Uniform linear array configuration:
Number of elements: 64
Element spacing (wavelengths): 1
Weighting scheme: hann
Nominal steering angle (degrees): -60
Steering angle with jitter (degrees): -60.826
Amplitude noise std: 0.05
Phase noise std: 0.05

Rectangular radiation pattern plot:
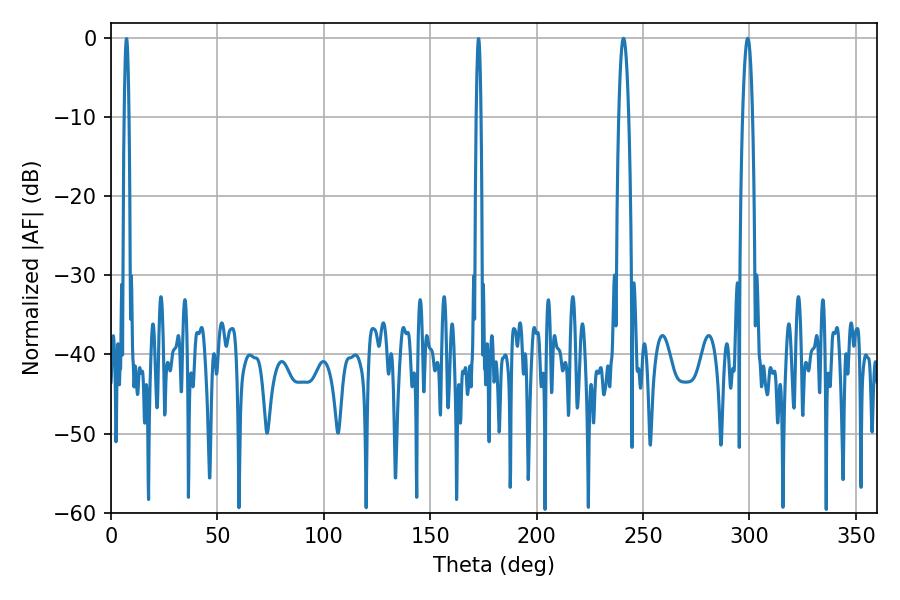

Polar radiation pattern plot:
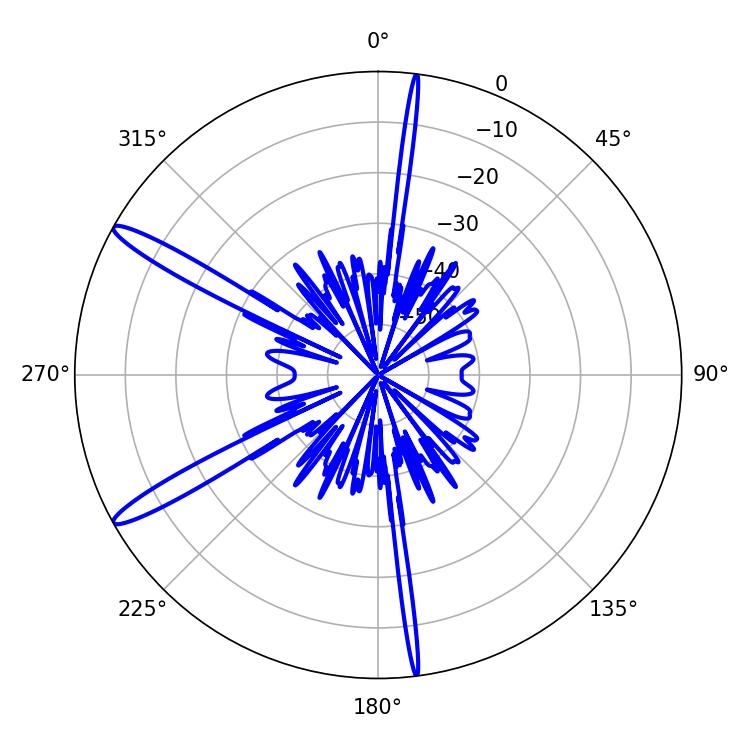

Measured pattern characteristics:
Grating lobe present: TRUE
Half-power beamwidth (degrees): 2.52
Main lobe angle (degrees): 299.16